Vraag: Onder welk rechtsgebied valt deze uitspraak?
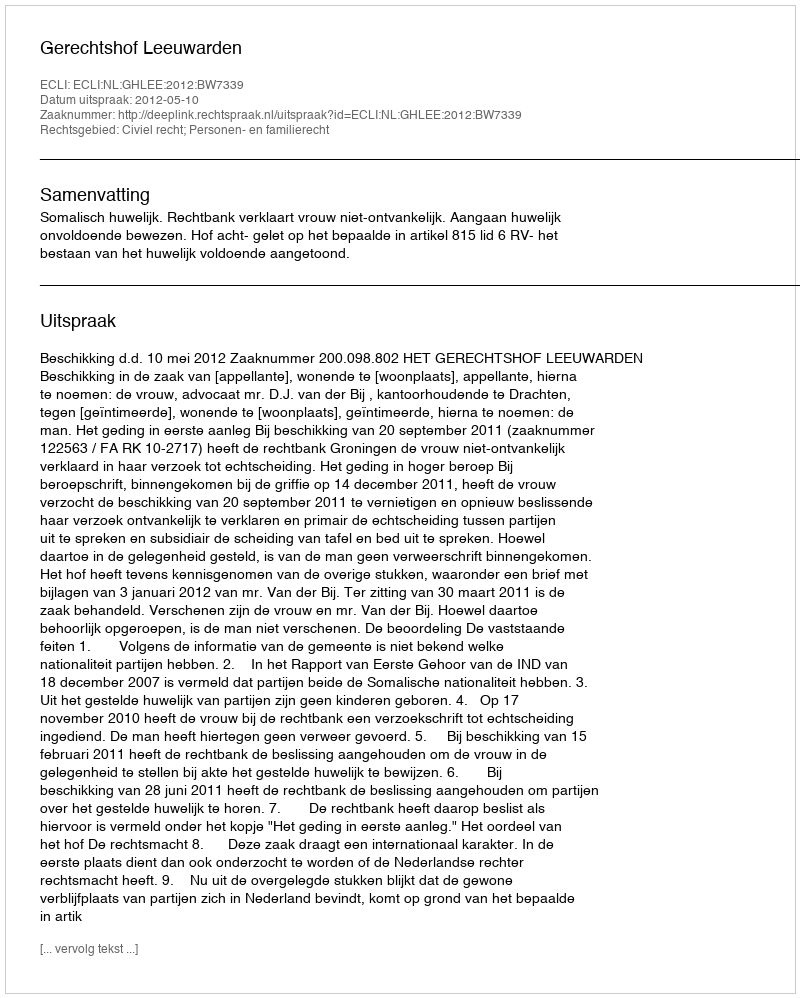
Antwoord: Civiel recht; Personen- en familierecht